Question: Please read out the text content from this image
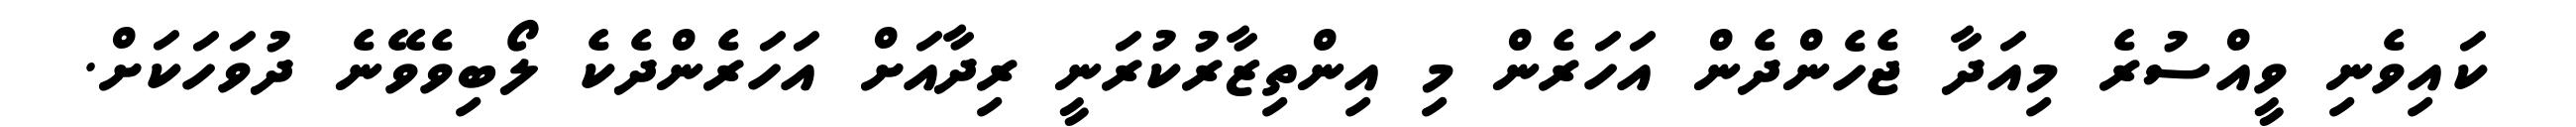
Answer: ކައިވެނި ވީއްސުރެ މިއަދާ ޖެހެންދެން އަހަރެން މި އިންތިޒާރުކުރަނީ ރިދާއަށް އަހަރެންދެކެ ލޯބިވެވޭނެ ދުވަހަކަށް.